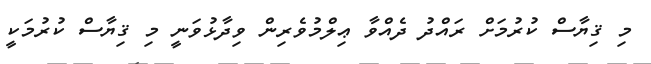
މި ޤިޔާސް ކުރުމަށް ރައްދު ދެއްވާ ޢިލްމުވެރިން ވިދާޅުވަނީ މި ޤިޔާސް ކުރުމަކީ